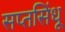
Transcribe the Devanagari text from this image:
सप्तसिंधू